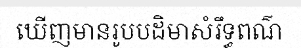
ឃើញមានរូបបដិមាសំរឹទ្ធពណ៌